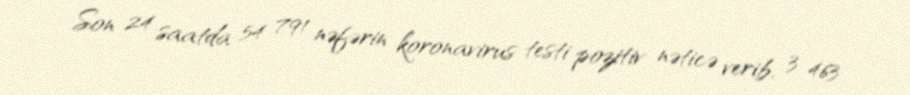
Son 24 saatda 54 791 nəfərin koronavirus testi pozitiv nəticə verib, 3 463